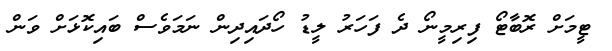
ޓީމަށް ރޮބާޓޯ ފިރިމީނޯ ދެ ފަހަރު ލީޑު ހޯދައިދިން ނަމަވެސް ބައިކޮޅަށް ވަން